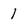
Character: 1